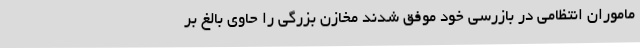
ماموران انتظامی در بازرسی خود موفق شدند مخازن بزرگی را حاوی بالغ بر